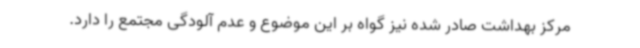
مرکز بهداشت صادر شده نیز گواه بر این موضوع و عدم آلودگی مجتمع را دارد.